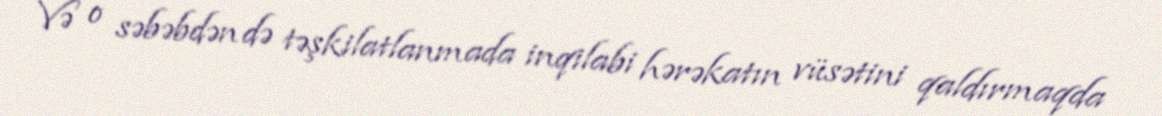
Və o səbəbdən də təşkilatlanmada inqilabi hərəkatın vüsətini qaldırmaqda